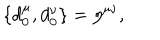
\{ d _ { 0 } ^ { \mu } , d _ { 0 } ^ { \nu } \} = \eta ^ { \mu \nu } ,